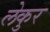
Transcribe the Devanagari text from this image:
लेकुर